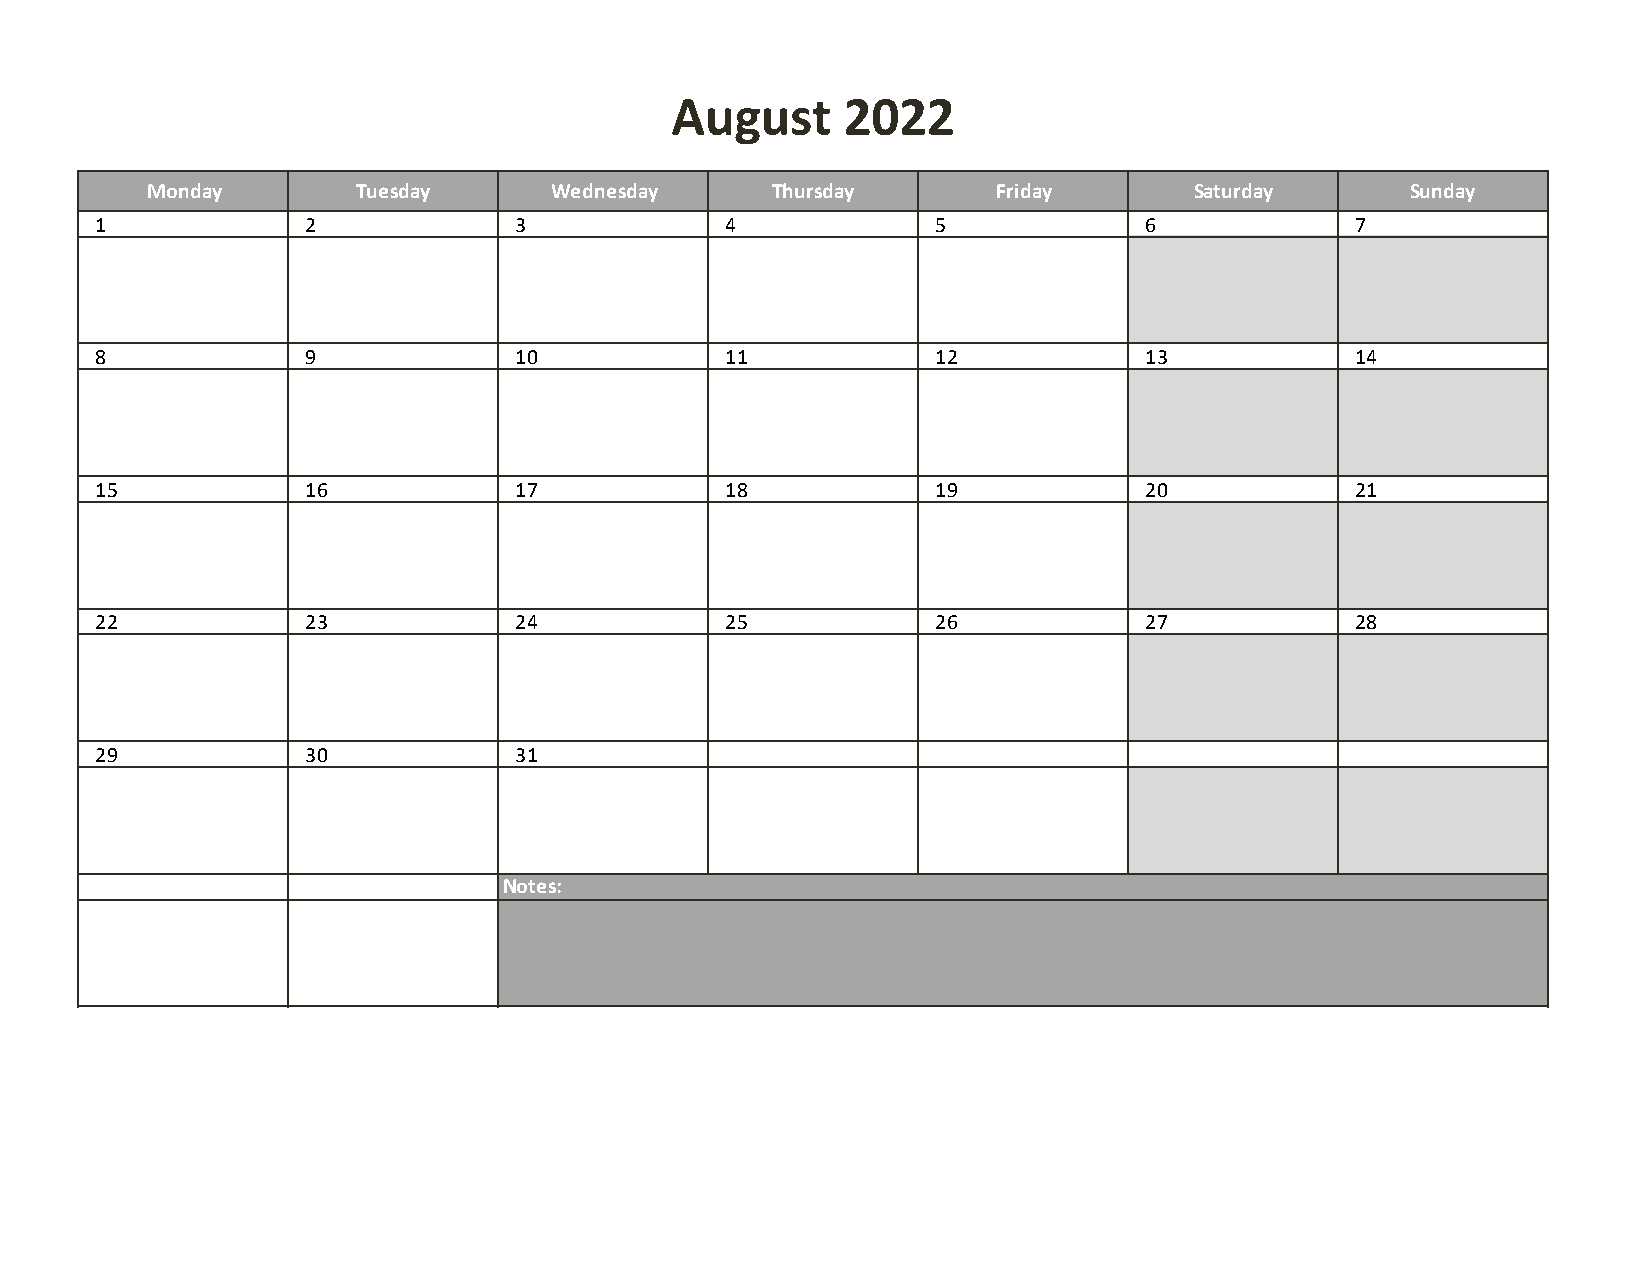
August      2022
 Monday        Tuesday     Wednesday      Thursday       Friday       Saturday      Sunday
 1             2             3             4             5             6             7
 8             9             10            11            12            13            14
 15            16            17            18            19            20            21
 22            23            24            25            26            27            28
 29            30            31
 Notes: